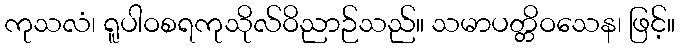
ကုသလံ၊ ရူပါဝစရကုသိုလ်ဝိညာဉ်သည်။ သမာပတ္တိဝသေန၊ ဖြင့်။